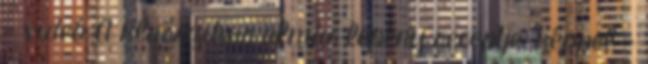
- videó A klasszikus almás lepény receptje, képpel -